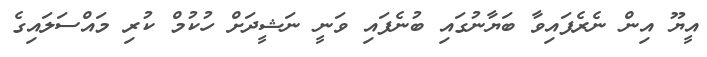
އީޔޫ އިން ނެރެފައިވާ ބަޔާނުގައި ބުނެފައި ވަނީ ނަޝީދަށް ހުކުމް ކުރި މައްސަލައިގެ